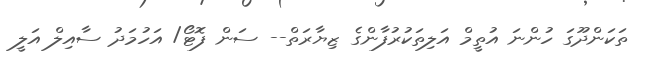
ތަކަންދޫގަ ހުންނަ އުތީމް އަލިތަކުރުފާންގެ ޒިޔާރަތް-- ސަން ފޮޓޯ/ އަހުމަދު ސާއިލް އަލީ